Sketch of the medical history of the native army of Bombay, for the year
Year: 1872
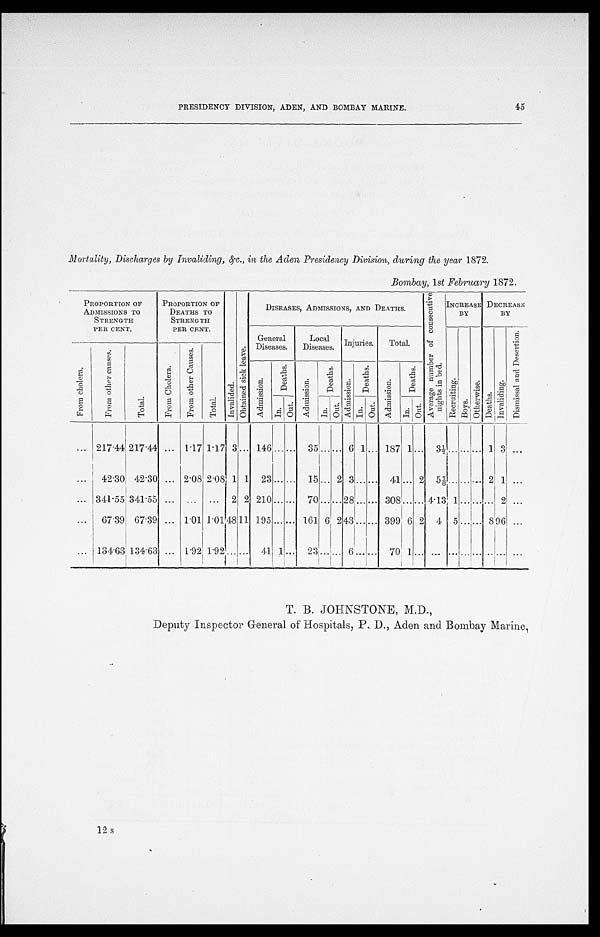
PRESIDENCY DIVISION, ADEN, AND BOMBAY MARINE.
45
Mortality, Discharges by Invaliding, &c., in the Aden, Presidency Division, during the year 1872.
Bombay, 1st February 1872.
PROPORTION OF
ADMISSIONS TO
STRENGTH
PER CENT.
PROPORTION OF
DEATHS TO
STRENGTH
PER CENT.
I n v a l i d e d .
O b t a i n e d s i c k l e a v e .
DISEASES, ADMISSIONS, AND DEATHS.
A v e r a g e n u m b e r o f c o n s e c u t i v e n i g h t i n b e d .
INCREASE
BY
DECREASE
BY
General
Diseases.
Local
Diseases. Injuries.
Total.
R e c r u i t i n g .
B o y s .
Ot h e r wi s e .
D e a t h s .
I n v a l i d i n g .
D i s m i s s a l a n d D e s e r t i o n .
F r o m c h o l e r a . F r o m o t h e r c a u s e s .
T o t a l .
F r o m C h o l e r a .
F r o m o t h e r C a u s e s .
Tot al .
A d m i s s i o n .
D e a t h s .
A d m i s s i o n .
D e a t h s .
A d m i s s i o n .
D e a t h s .
A d m i s s i o n .
D e a t h s .
I n . O u t .
In. O u t .
In. O u t .
I n . O u t .
... 217.44 217.44 ... 1.17 1.17 3 ... 146
. . . . . . 35 ... . . . 6 1
. . . 187
1
. . .
3 ½ . . . . . .
... 1 3 ...
...
42.30 42.30 ... 2.08 2.08 1 1 23 . . . . . . 15 ... 2 3 ... . . . 41 ... 2
5 ⅞ . . . . . .
...
2 1 ...
. . . 341.55 341.55 ...
. . . ...
2 2 210 . . . . . . 70 ... ... 2 8
. . .
. . . 308 ... . . . 4.13 1 . . .
... ... 2 ...
...
67.39 67.39 ... 1.01 0.01
4 8 1 1 195 . . . . . . 161 6 2 4 3
... . . . 399 6 2
4 5 ......
8 9 6 ...
... 134.63 134.63 ... 1.92 1.92 . . . . . . 41 1 . . . 23 ... . . . 6 ... . . . 70 1
. . .
. . . . . . . . .
...
. . . . . . ...
T. B. JOHNSTONE, M.D.,
Deputy Inspector General of Hospitals, P. D., Aden and Bombay Marine,
12 s